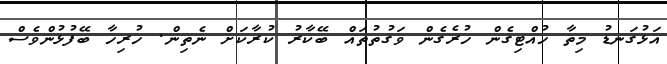
އަޅުގަނޑު މިތާ ހުއްޓިގެން ހުރެގެން ވަގުތުތައް ބޭކާރު ކުރާކަށް ނެތިން. ހުރިހާ ބޭފުޅުންވެސް